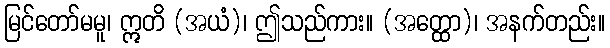
မြင်တော်မမူ၊ ဣတိ (အယံ)၊ ဤသည်ကား။ (အတ္ထော)၊ အနက်တည်း။